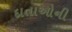
દાતાઓની